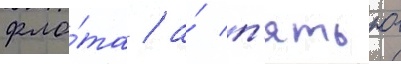
фло́та / а́ п'ятью